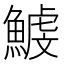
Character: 鰬